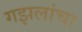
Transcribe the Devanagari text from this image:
गझलांचा